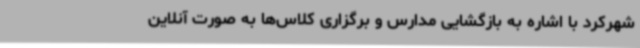
شهرکرد با اشاره به بازگشایی مدارس و برگزاری کلاس‌ها به صورت آنلاین